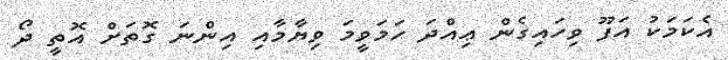
އެކަމަކު އަފޫ ވިހައިގެން ޢިއްދަ ހަމަވީމަ ވިޔާމާއި އިންނަ ގޮތަށް އޮތީ ދޯ